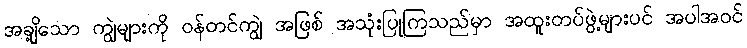
အချို့သော ကျွဲများကို ဝန်တင်ကျွဲ အဖြစ် အသုံးပြုကြသည်မှာ အထူးတပ်ဖွဲ့များပင် အပါအဝင်